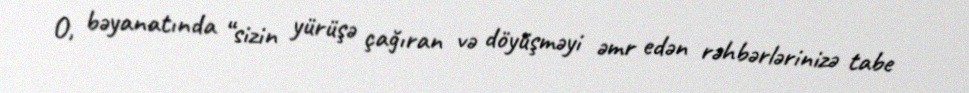
O, bəyanatında “sizin yürüşə çağıran və döyüşməyi əmr edən rəhbərlərinizə tabe